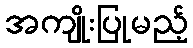
အကျိုးပြုမည့်